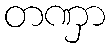
တဏှာ